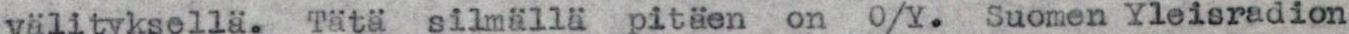
välityksellä. Tätä silmällä pitäen on O/Y. Suomen Yleisradion